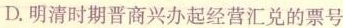
D.明清时期晋商兴办起经营汇兑的票号